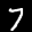
Label: 7